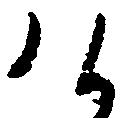
け